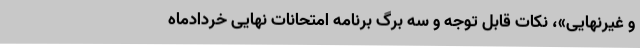
و غیرنهایی»، نکات قابل توجه و سه برگ برنامه امتحانات نهایی خردادماه